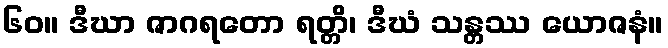
၆၀။ ဒီဃာ ဇာဂရတော ရတ္တိ၊ ဒီဃံ သန္တဿ ယောဇနံ။